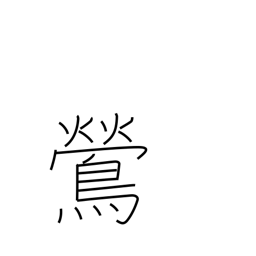
Meaning: nightingale